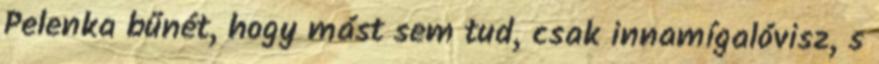
Pelenka bűnét, hogy mást sem tud, csak innamígalóvisz, s